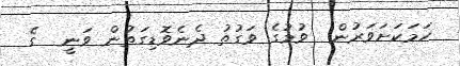
ހަމަކަށަވަރުން  ވުމުގެ ވަގުތު ދެނެވޮޑިގަތުން ވަނީ  ގެ